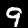
Digit: 9